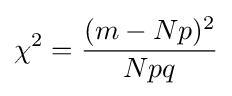
\chi ^{2}={(m-Np)^{2} \over Npq}